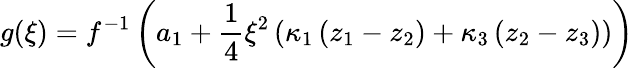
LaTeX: g(\xi)=f^{-1}\left(a_{1}+\frac{1}{4}\xi^{2}\left(\kappa_{1}\left(z_{1}-z_{2}\right)+\kappa_{3}\left(z_{2}-z_{3}\right)\right)\right)